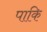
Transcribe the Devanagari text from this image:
पाकि